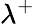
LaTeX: \lambda^{+}